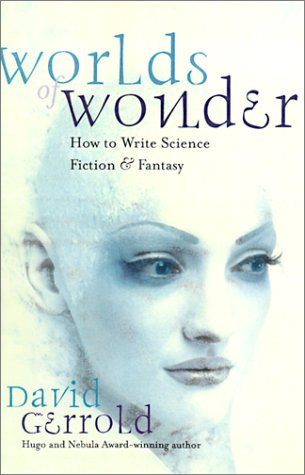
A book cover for Worlds of Wonder: How to Write Science Fiction & Fantasy; David Gerrold; Science Fiction & Fantasy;